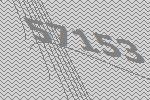
57153